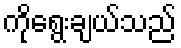
ကိုရွေးချယ်သည်